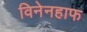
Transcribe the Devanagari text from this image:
विनेनहाफ